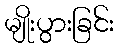
မျိုးပွားခြင်း